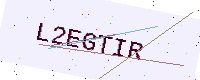
Text: L2EGTIR